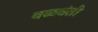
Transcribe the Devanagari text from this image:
वळवंती